Papers set at the Examination for Leaving Certificates, 1895
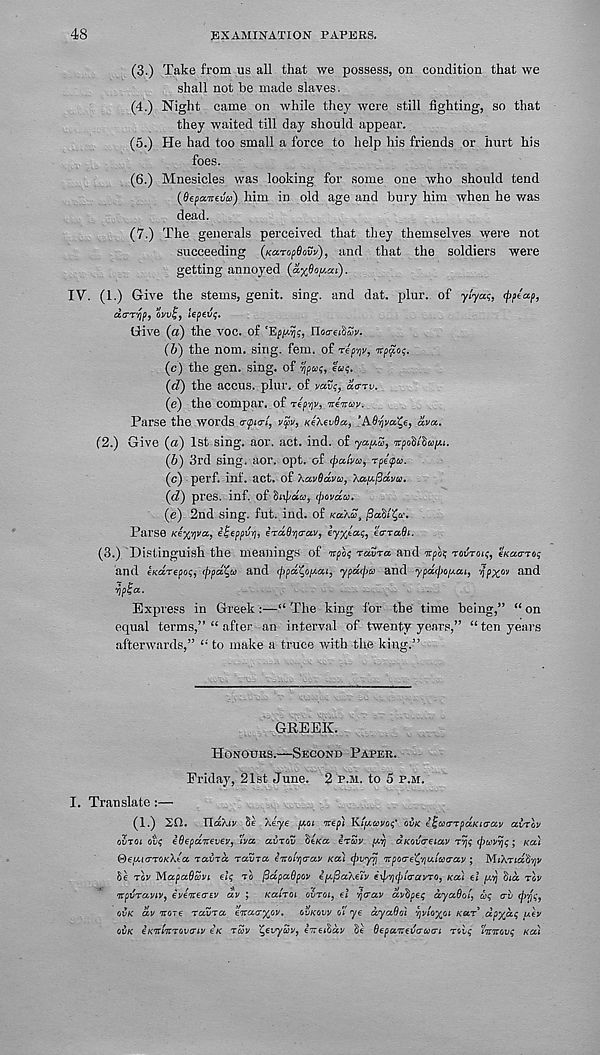
48
EXAMINATION PAEEKS.
(3.) Take from us all that we possess, on condition that we
shall not be made slaves.
(4.) Night came on while they were still fighting, so that
they waited till day should appear.
(5.) He had too small a force to help his friends or hurt his
foes.
(6.) Mnesicles was looking for some one who should tend
(SefaitcJa) him in old age and bury him when he was
dead.
(7.) The generals perceived that they themselves were not
succeeding (naTopOow), and that the soldiers were
getting annoyed (axOof'.ai).
IV". (1.) Give the stems, genit. sing, and dat. plur. of y/ya?,
daTfif, oruf, iepev;.
Give (a) the voc. of
noo-fiSSr.
(6) the nom. sing. fern, of rep/jv, Ttppos.
(c) the gen. sing, of
ew;.
(d) the accus. plur. of rati;, da-rv.
(e) the compar. of Ttprv. tAhw.
Parse the words a<pi<7t, vcpv, KeXevOa, ’AO-fra^e, dva.
(2.) Give (a) 1st sing. aor. act. ind. of ya/^S, irpoS/SMp.
(6) 3rd sing. aor. opt. of <l>alvu, rpepu.
(c) perf. inf. act. of \av6dva, Xa/J-fidi/u.
(d) pres. inf. of Snfaa, il>m/dco.
(e) 2nd sing. fut. ind. of kuaS,
Parse Kexi)va, Hljfppvri, irdB'/io-av,
ea-Tadt.
(3.) Distinguish the meanings of npli Tatra and irpo; rovroit, eKaaTog
and eKarepot;, ippa^u and cppa^o/Aai, ypdtpu and ypatpopai, -ifppscv and
ypia.
Express in Greek :—“ The king for the time being,” “ on
equal terms,” “ after an interval of twenty years,” “ ten years
afterwards,” “ to make a truce with the king.”
GREEK.
PIonours.—Second Paper.
Friday, 21st June. 2 p.m. to 5 p.m.
I. Translate:—
(1.) 20. nd/.iy Se Xeye ptoi mp) Kipiavoi;' ovk i^aarpaKia-av airly
oSroi or? iOepclmvev, wa avrot te/ca irZv y-y duotaeiav r^t; tpuvrii; ■, Ka'i
®ey.i(TTOK\ta ravrd raZja iicoLvja-ay KCti (jniyrj Trpore'Cyu.LKray ; MiATtdtivjv
Se Tor MapaOZvt e/? to fidpaSpov iyfiaAeTv eipyipia-ai/ro, ko.) ti pirj Sid rlv
irptrayiv, evenea-tv dv ; Kairoi outoi, '/jcrotr dvSpEq dyaBoi, cot; err
ovk dv ttote TotrTct erootr^or. ovkovv of ye dyaOdi rytoyjji kut dpyd; u\v
ovk eK'id'iiTQVtTiv ek tcov ^erySr, iireiSav 8e OepaTtEva-utTi too? fonror? Ka'i